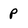
Character: p